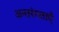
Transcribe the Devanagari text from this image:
अन्तरंगताएँ